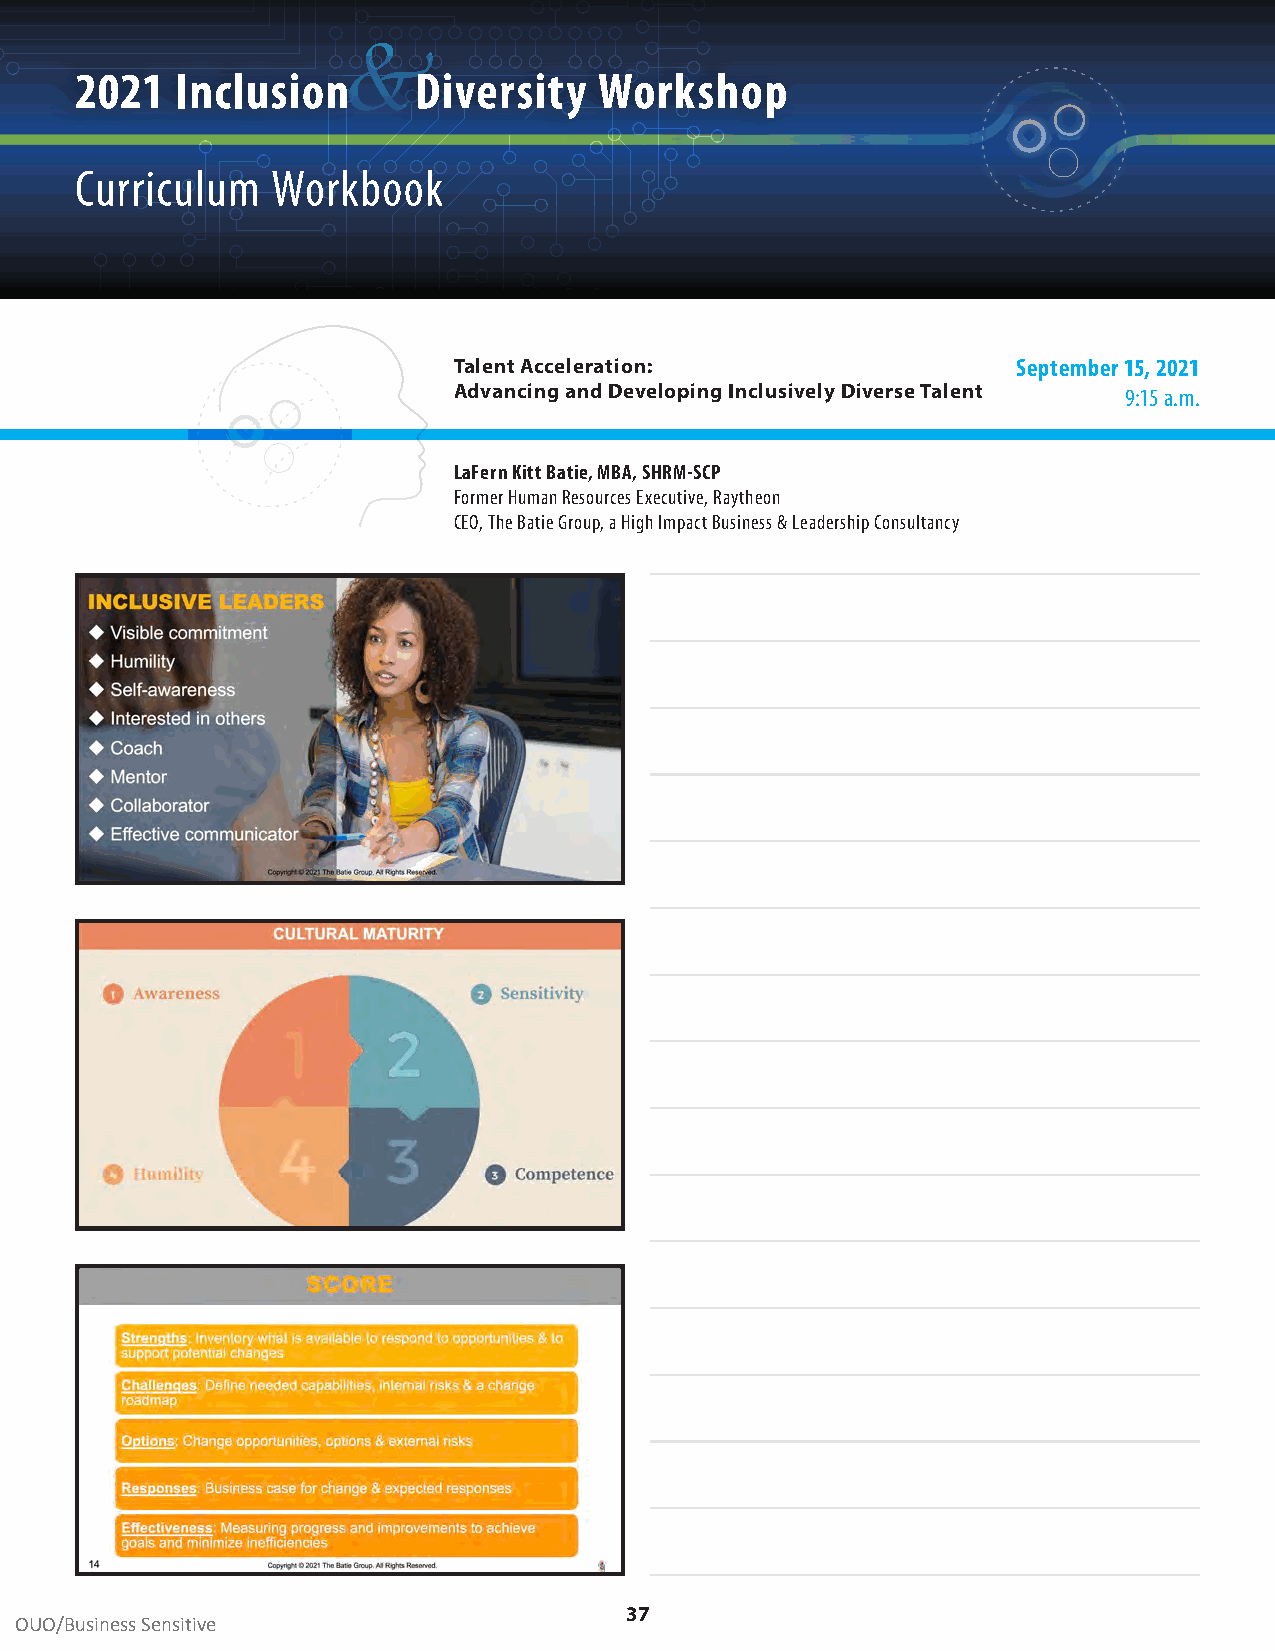
&
 2021   Inclusion      Diversity    Workshop
 Curriculum   Workbook
 Talent Acceleration:                 September 15, 2021
 Advancing and Developing Inclusively Diverse Talent 9:15 a .m .
 LaFern Kitt Batie, MBA, SHRM-SCP
 Former Human Resources Executive, Raytheon
 CEO, The Batie Group, a High Impact Business & Leadership Consultancy
 37
 OUO/Business Sensitive